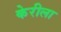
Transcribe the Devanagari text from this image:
केरीला